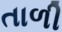
તાળી